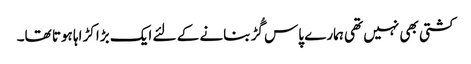
کشتی بھی نہیں تھی ہمارے پاس گُڑ بنانے کے لئے ایک بڑا کڑاہا ہوتا تھا۔